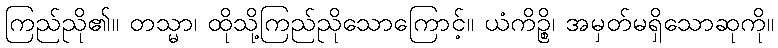
ကြည်ညို၏။ တသ္မာ၊ ထိုသို့ကြည်ညိုသောကြောင့်။ ယံကိဉ္စိ၊ အမှတ်မရှိသောဆုကို။